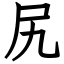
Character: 尻